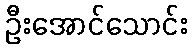
ဦးအောင်သောင်း